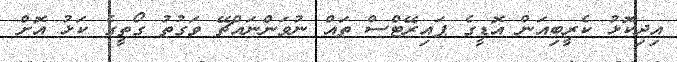
އިދިކޮޅު ކެރީބިއަން އޮޑީގެ ޕައިރޭޓްސް ތައް ނުވަންނައްޗޭ ވަގުތު ގޯތީގެ ކަޅު އޮށް